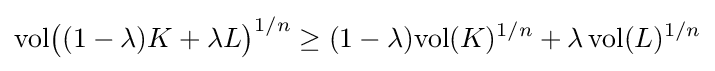
\mathrm {vol} {\big (}(1-\lambda )K+\lambda L{\big )}^{1/n}\geq (1-\lambda )\mathrm {vol} (K)^{1/n}+\lambda \,\mathrm {vol} (L)^{1/n}